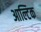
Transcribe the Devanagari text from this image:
आल्टिक